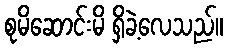
စုမိဆောင်းမိ ရှိခဲ့လေသည်။